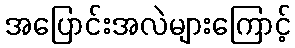
အပြောင်းအလဲများကြောင့်